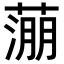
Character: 𬞉